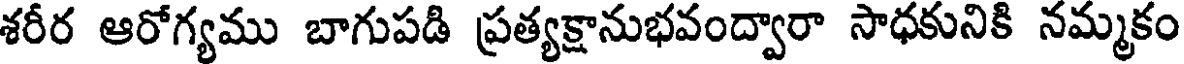
శరీర ఆరోగ్యము బాగుపడి ప్రత్యక్షానుభవంద్వారా సాధకునికి నమ్మకం